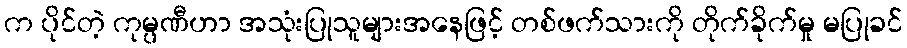
က ပိုင်တဲ့ ကုမ္ပဏီဟာ အသုံးပြုသူများအနေဖြင့် တစ်ဖက်သားကို တိုက်ခိုက်မှု မပြုခင်